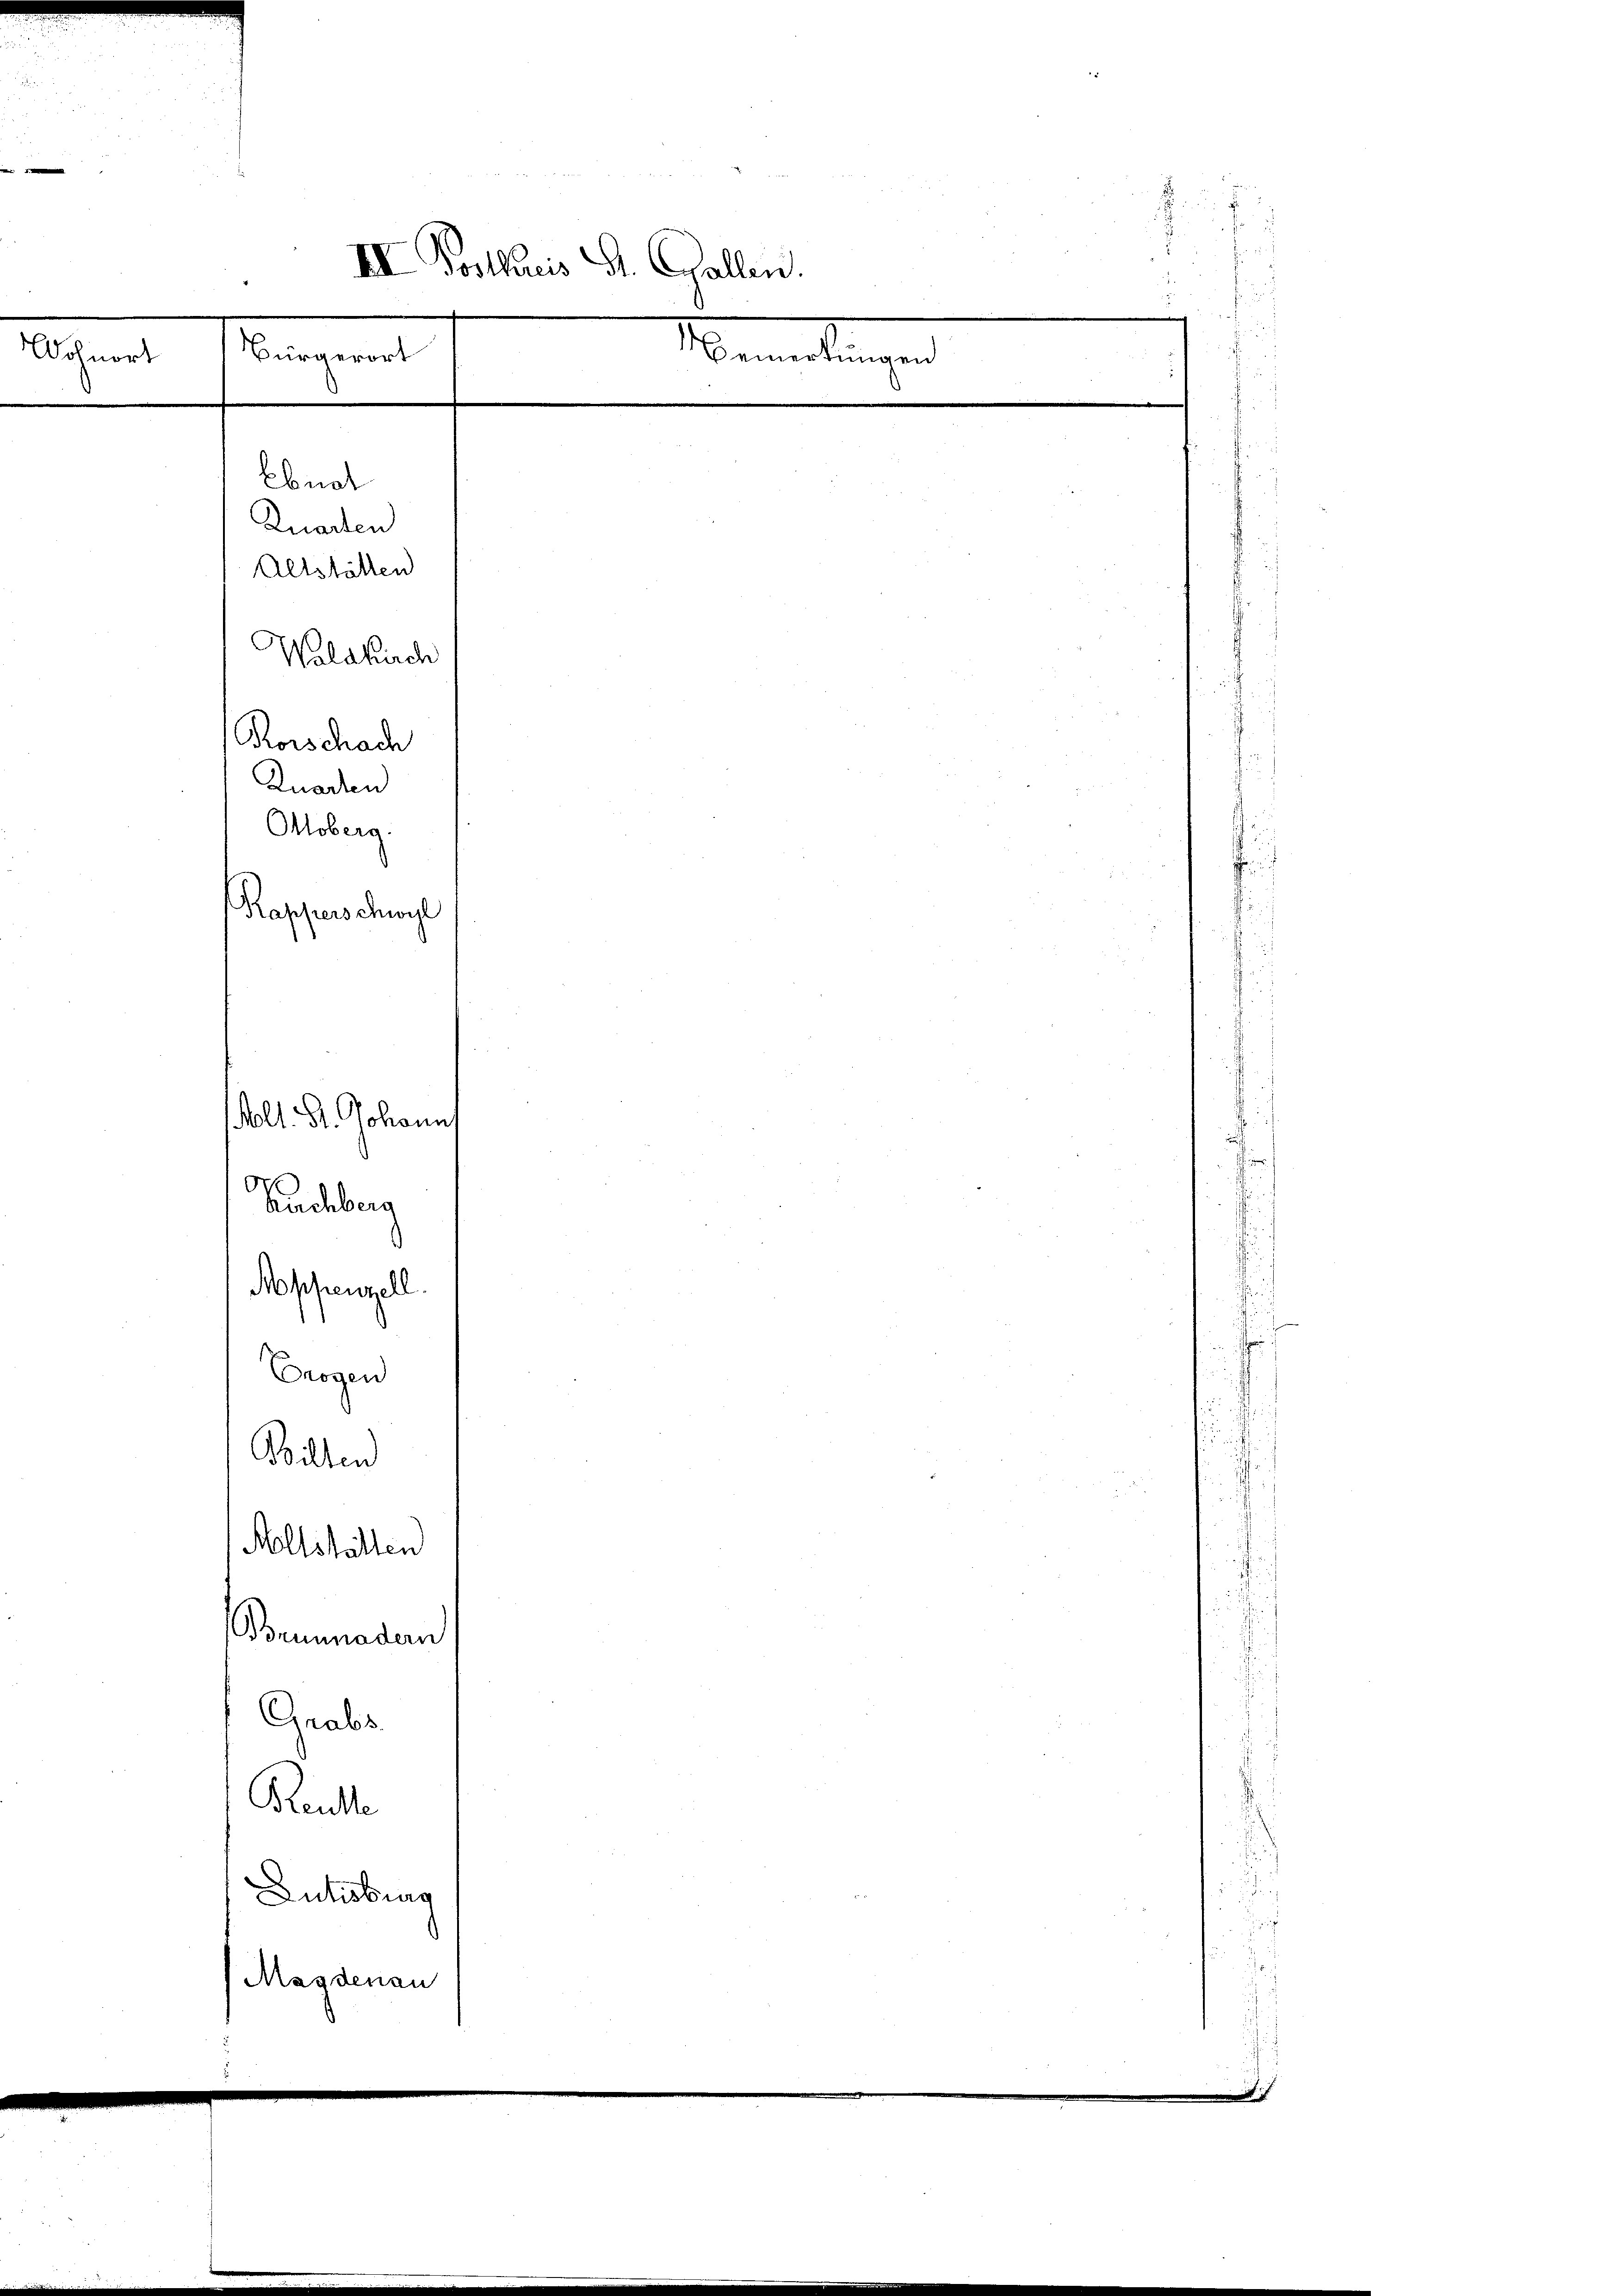
Wohnort

III Vortheis St. Gallen.
0
emerkungen
Bürgerort
Ebnat
Zuarten
Altstätten
Waldkirch
Korschach
Knarten
Ottoberg
Kapperschwyl
Molt. St. Johann
Buchberg
Moppenzell.
Crogen
Wilten
Altstalten
Brunnader
Grabs
Reute
Dutisburg

Magdenau

i